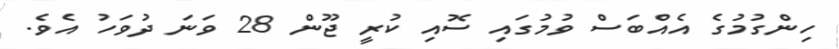
ހިންގުމުގެ އެއްބަސް ވުމުގައި ސޮއި ކުރީ ޖޫން 28 ވަނަ ދުވަހު އެވެ.